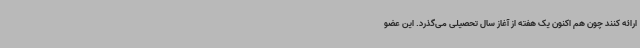
ارائه کنند چون هم اکنون یک هفته از آغاز سال تحصیلی می‌گذرد. این عضو